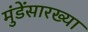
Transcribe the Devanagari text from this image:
मुंडेंसारख्या